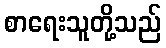
စာရေးသူတို့သည်